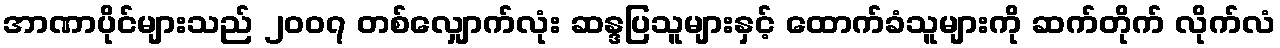
အာဏာပိုင်များသည် ၂၀၀၇ တစ်လျှောက်လုံး ဆန္ဒပြသူများနှင့် ထောက်ခံသူများကို ဆက်တိုက် လိုက်လံ